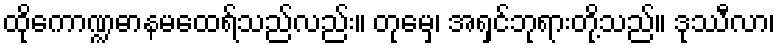
ထိုကောဏ္ဍဓာနမထေရ်သည်လည်း။ တုမှေ၊ အရှင်ဘုရားတို့သည်။ ဒုဿီလာ၊